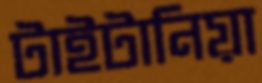
টাইটানিয়া